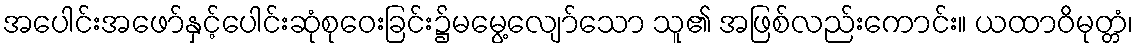
အပေါင်းအဖော်နှင့်ပေါင်းဆုံစုဝေးခြင်း၌မမွေ့လျော်သော သူ၏ အဖြစ်လည်းကောင်း။ ယထာဝိမုတ္တံ၊